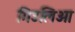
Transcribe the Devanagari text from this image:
गिउलिओ